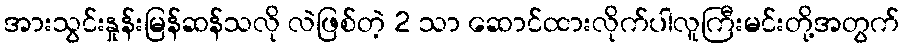
အားသွင်းနှုန်းမြန်ဆန်သလို လဲဖြစ်တဲ့ 2 သာ ဆောင်ထားလိုက်ပါလူကြီးမင်းတို့အတွက်